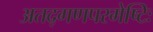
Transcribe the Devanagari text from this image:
अतद्गणपरमेष्टिः